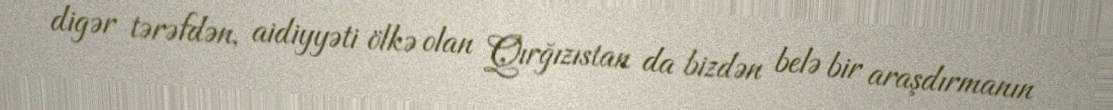
digər tərəfdən, aidiyyəti ölkə olan Qırğızıstan da bizdən belə bir araşdırmanın